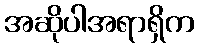
အဆိုပါအရာရှိက